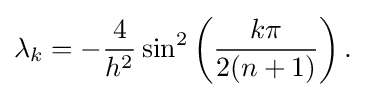
\lambda _{k}=-{\frac {4}{h^{2}}}\sin ^{2}\left({\frac {k\pi }{2(n+1)}}\right).\,\!